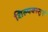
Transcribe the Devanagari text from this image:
शिल्पवस्तुएँ